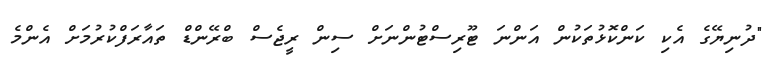
"ދުނިޔޭގެ އެކި ކަންކޮޅުތަކުން އަންނަ ޓޫރިސްޓުންނަށް ސިން ރީޖެސް ބްރޭންޑް ތައާރަފްކުރުމަށް އެންްމެ